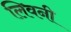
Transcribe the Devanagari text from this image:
लिवनी